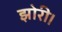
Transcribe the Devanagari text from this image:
झोरी।